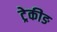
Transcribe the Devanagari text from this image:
ट्रेकीङ